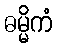
ဓမ္မိကံ